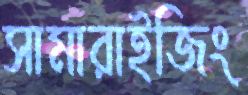
সামারাইজিং